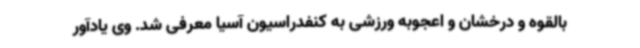
بالقوه و درخشان و اعجوبه ورزشی به کنفدراسیون آسیا معرفی شد. وی یادآور